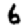
Digit: 6